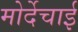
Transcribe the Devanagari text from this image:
मोर्देचाई